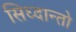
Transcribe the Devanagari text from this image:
सिध्दान्तो